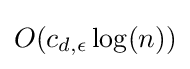
O(c_{d,\epsilon }\log(n))